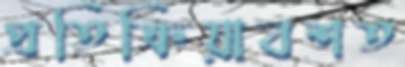
প্রতিক্রিয়াবশত